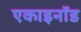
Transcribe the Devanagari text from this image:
एकाइनॉड